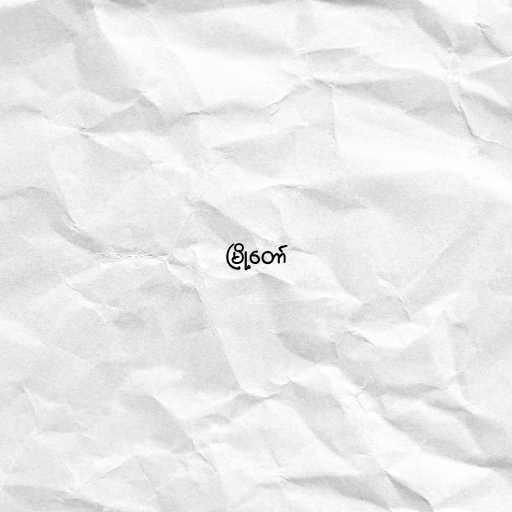
မြို့တော်